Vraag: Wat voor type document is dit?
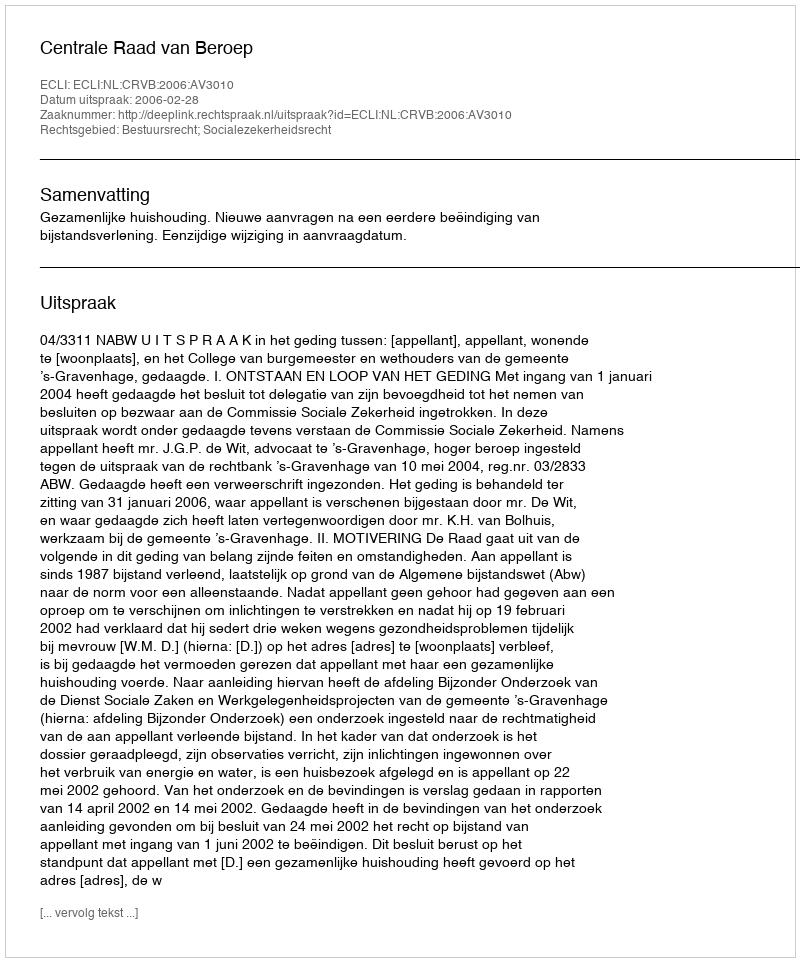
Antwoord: Uitspraak